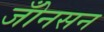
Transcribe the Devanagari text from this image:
जोँनसन